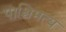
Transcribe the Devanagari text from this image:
पाश्चिमत्य